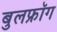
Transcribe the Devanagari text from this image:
बुलफ्रॉग